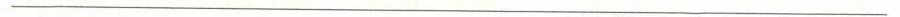
___